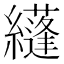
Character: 纄